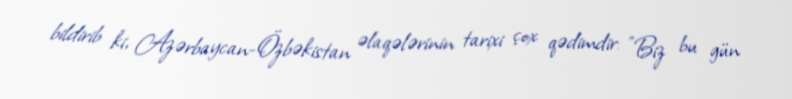
bildirib ki, Azərbaycan-Özbəkistan əlaqələrinin tarixi çox qədimdir: "Biz bu gün